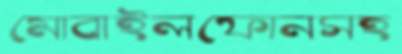
মোবাইলফোনসহ